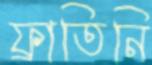
ফ্রাতিনি